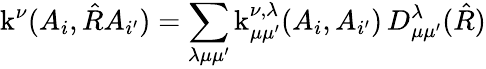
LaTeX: \operatorname{k}^{\nu}(A_{i},\hat{R}A_{i^{\prime}})=\sum_{\lambda\mu\mu^{\prime}}\operatorname{k}_{\mu\mu^{\prime}}^{\nu,\lambda}(A_{i},A_{i^{\prime}})\, D_{\mu\mu^{\prime}}^{\lambda}(\hat{R})